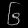
Digit: ၆